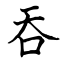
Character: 吞